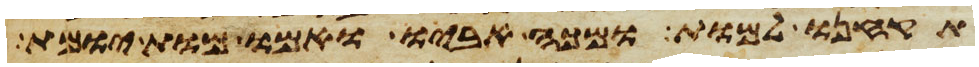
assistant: תקחנו למות ומכה אביו ואמו מות יומת